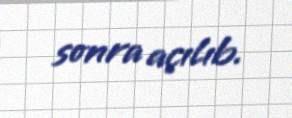
sonra açılıb.